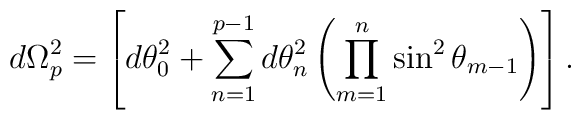
d\Omega_{p}^{2}= \left[d\theta_{0}^{2}+\sum_{n=1}^{p-1}d\theta_{n}^{2}\left(\prod_{m=1}^{n}\sin^{2}\theta_{m-1}\right)\right].